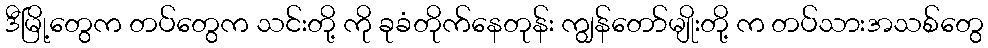
ဒီမြို့တွေက တပ်တွေက သင်းတို့ ကို ခုခံတိုက်နေတုန်း ကျွန်တော်မျိုးတို့ က တပ်သားအသစ်တွေ